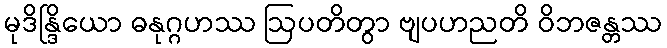
မုဒိန္ဒြိယော ဓနုဂ္ဂဟဿ ဩပတိတွာ ဗျပဟညတိ ဝိဘဇန္တဿ